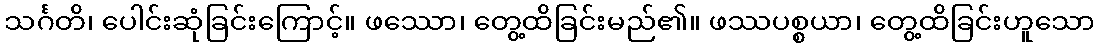
သင်္ဂတိ၊ ပေါင်းဆုံခြင်းကြောင့်။ ဖဿော၊ တွေ့ထိခြင်းမည်၏။ ဖဿပစ္စယာ၊ တွေ့ထိခြင်းဟူသော